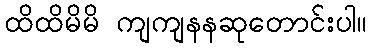
ထိထိမိမိ ကျကျနနဆုတောင်းပါ။